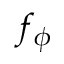
f _ { \phi }